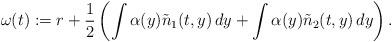
LaTeX: \begin{align*}\omega(t):=r+\frac 12\left(\int \alpha (y) \tilde n_1(t,y)\,dy+\int \alpha (y) \tilde n_2(t,y)\,dy\right).\end{align*}